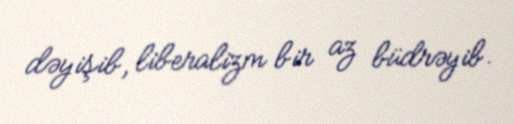
dəyişib, liberalizm bir az büdrəyib.